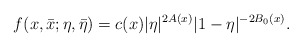
\begin{align*}f(x,\bar{x};\eta,\bar{\eta}) = c(x) |\eta|^{2 A(x)} |1-\eta|^{- 2B_0(x)}.\end{align*}